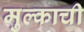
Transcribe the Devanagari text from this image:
मुल्काची